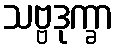
သဗ္ဗဒုက္ခာ